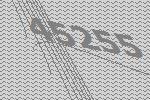
45255